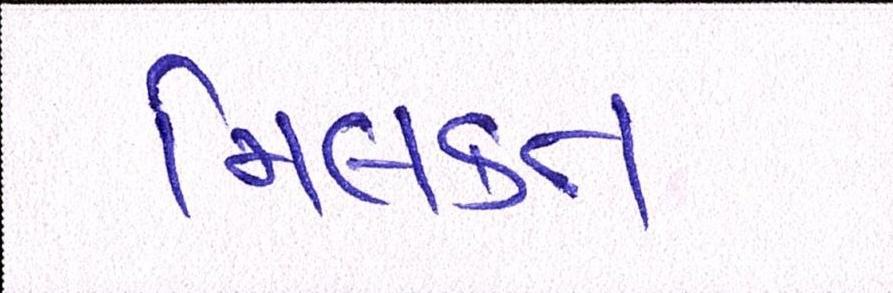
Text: મિલકત